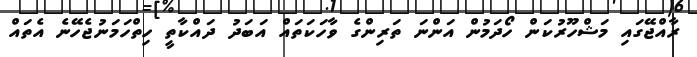
ރާއްޖޭގައި މަޝްހޫރުކަން ހޯދަމުން އަންނަ ތަރިންގެ ވާހަކަތައް އަބަދު ދައްކާތީ ހިތްހަމަނުޖެހޭނެ އެތައް